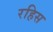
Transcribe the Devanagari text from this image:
रहिस